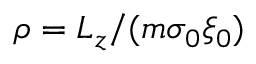
\rho = L _ { z } / ( m \sigma _ { 0 } \xi _ { 0 } )